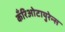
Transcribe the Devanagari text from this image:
कँरिओटायुरेन्स